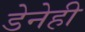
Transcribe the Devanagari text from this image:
डेनेही